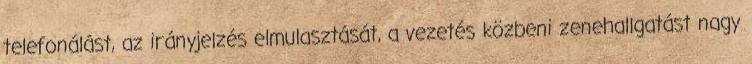
telefonálást, az irányjelzés elmulasztását, a vezetés közbeni zenehallgatást nagy